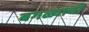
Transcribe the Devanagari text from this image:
बगळ्यांची